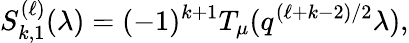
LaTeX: S_{k,1}^{(\ell)}(\lambda)=(-1)^{k+1}T_{\mu}(q^{(\ell+k-2)/2}\lambda),